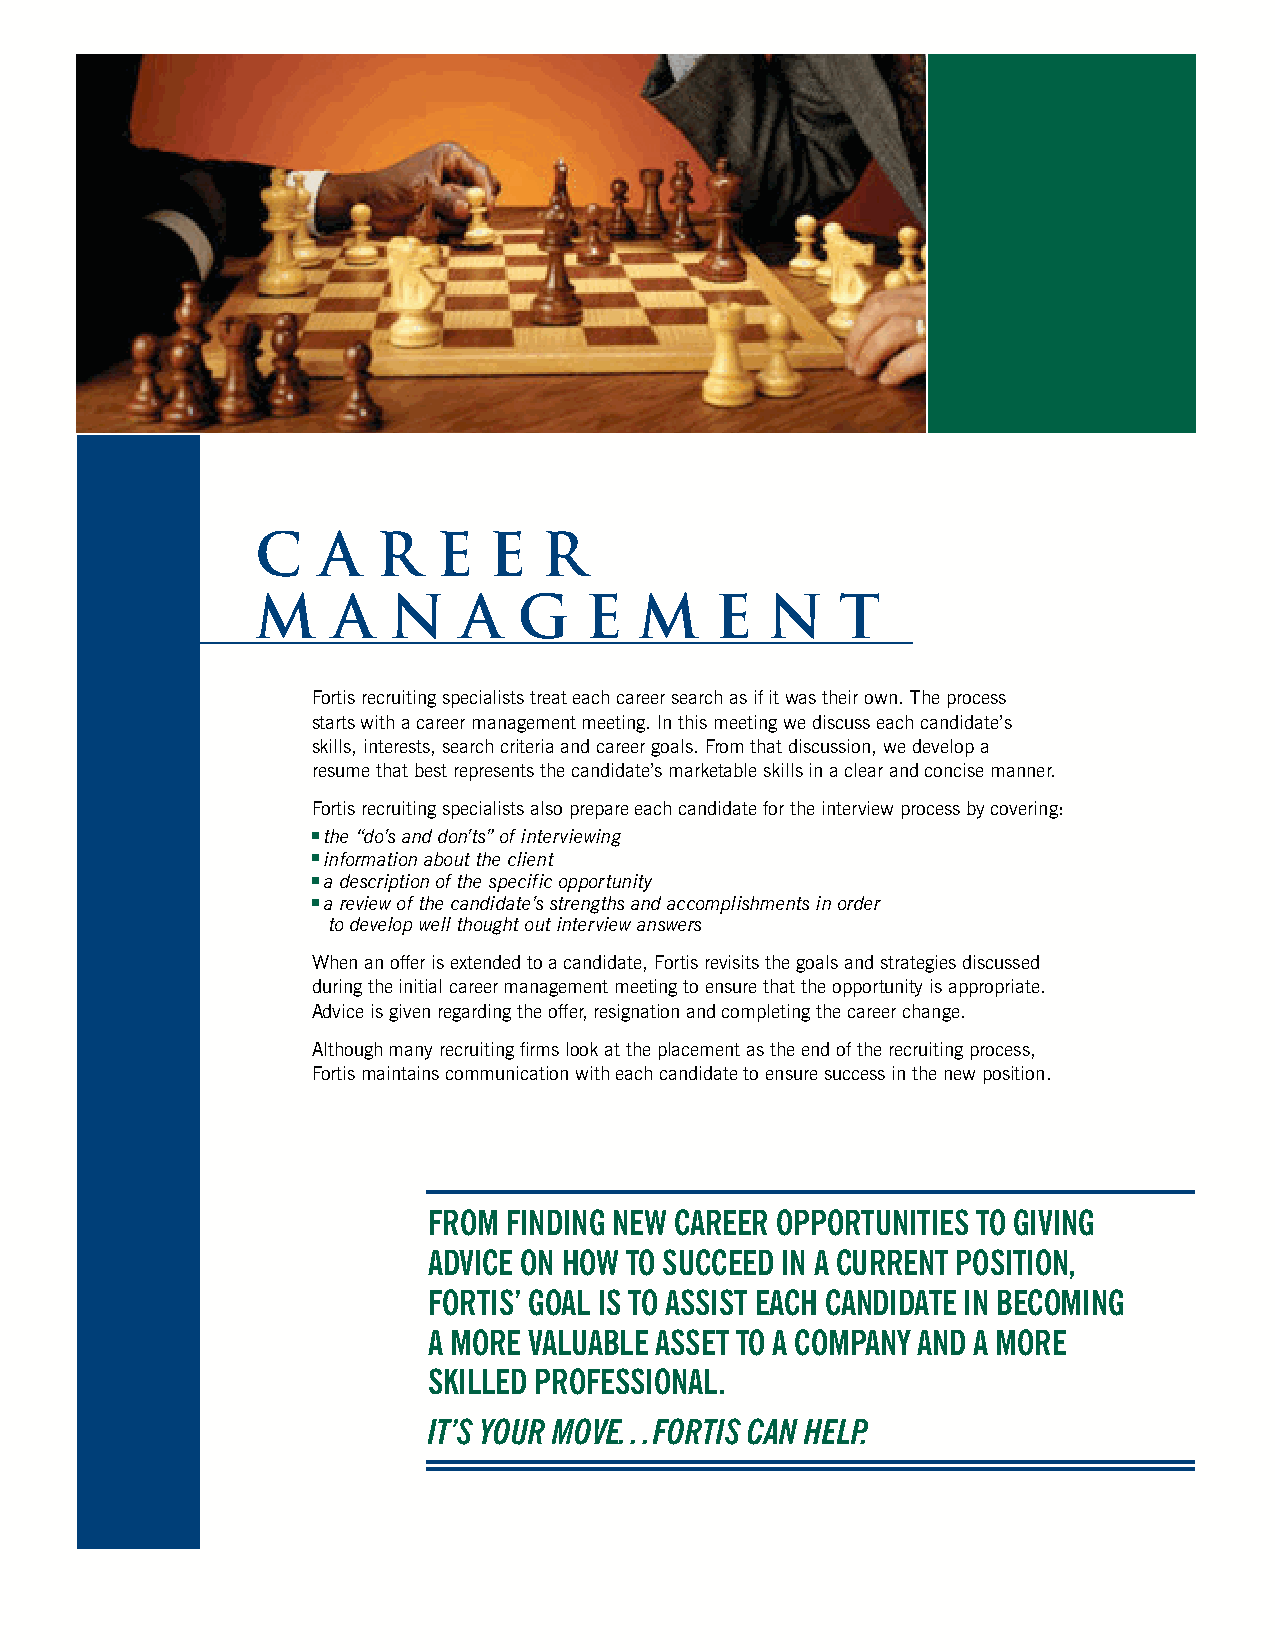
C   A   R   E  E   R
 M    A   N   A   G    E  M    E   N    T
 Fortis recruiting specialists treat each career search as if it was their own. The process
 starts with a career management meeting. In this meeting we discuss each candidate’s
 skills, interests, search criteria and career goals. From that discussion, we develop a
 resume that best represents the candidate’s marketable skills in a clear and concise manner.
 Fortis recruiting specialists also prepare each candidate for the interview process by covering:
 the “do’s and don’ts” of interviewing
 information about the client
 a description of the specific opportunity
 a review of the candidate’s strengths and accomplishments in order
 to develop well thought out interview answers
 When an offer is extended to a candidate, Fortis revisits the goals and strategies discussed
 during the initial career management meeting to ensure that the opportunity is appropriate.
 Advice is given regarding the offer, resignation and completing the career change.
 Although many recruiting firms look at the placement as the end of the recruiting process,
 Fortis maintains communication with each candidate to ensure success in the new position.
 FROM FINDING NEW CAREER OPPORTUNITIES TO GIVING
 A DVICE ON HOW TO SUCCEED IN A CURRENT POSITION,
 FORTIS’ GOAL IS TO ASSIST EACH CANDIDATE IN BECOMING
 A MORE VALUABLE ASSET TO A COMPANY AND A MORE
 SKILLED PROFESSIONAL.
 IT’S YOUR MOVE. . .FORTIS CAN HELP.